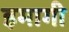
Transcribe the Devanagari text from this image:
इमागी